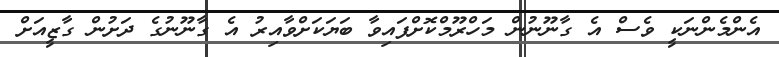
އެންމެންނަކީ ވެސް އެ ގާނޫނުން މަހްރޫމްކޮށްފައިވާ ބަޔަކަށްވާއިރު އެ ގާނޫނުގެ ދަށުން ގާޒީއަށް